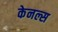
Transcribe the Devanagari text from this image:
केनल्स